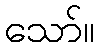
သော်။